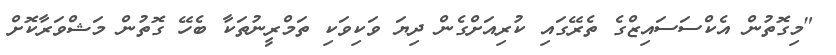
"މިގޮތުން އެކްސަސައިޒްގެ ތެރޭގައި ކުރިއަށްގެން ދިޔަ ވަކިވަކި ތަމްރީނުތަކާ ބެހޭ ގޮތުން މަޝްވަރާކޮށް